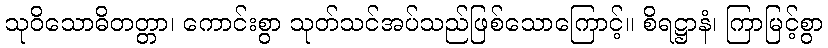
သုဝိသောဓိတတ္တာ၊ ကောင်းစွာ သုတ်သင်အပ်သည်ဖြစ်သောကြောင့်။ စိရဋ္ဌာနံ၊ ကြာမြင့်စွာ